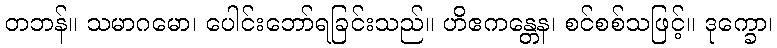
တဘန်။ သမာဂမော၊ ပေါင်းဘော်ရခြင်းသည်။ ဟိဧကန္တေန၊ စင်စစ်သဖြင့်။ ဒုက္ခော၊